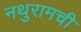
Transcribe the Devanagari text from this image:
नथुरामची